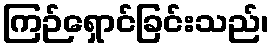
ကြဉ်ရှောင်ခြင်းသည်၊